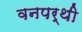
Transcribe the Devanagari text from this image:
वनपर्थी